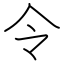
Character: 令